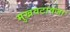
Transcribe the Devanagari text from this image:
मुखवटावजा